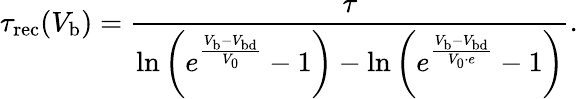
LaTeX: \tau_{\mathrm{rec}}(V_{\mathrm{b}})=\frac{\tau}{\ln\left(e^{\frac{V_{\mathrm{b}}-V_{\mathrm{bd}}}{V_{0}}}-1\right)-\ln\left(e^{\frac{V_{\mathrm{b}}-V_{\mathrm{bd}}}{V_{0}\cdot e}}-1\right)}.